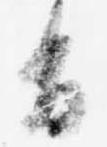
旨